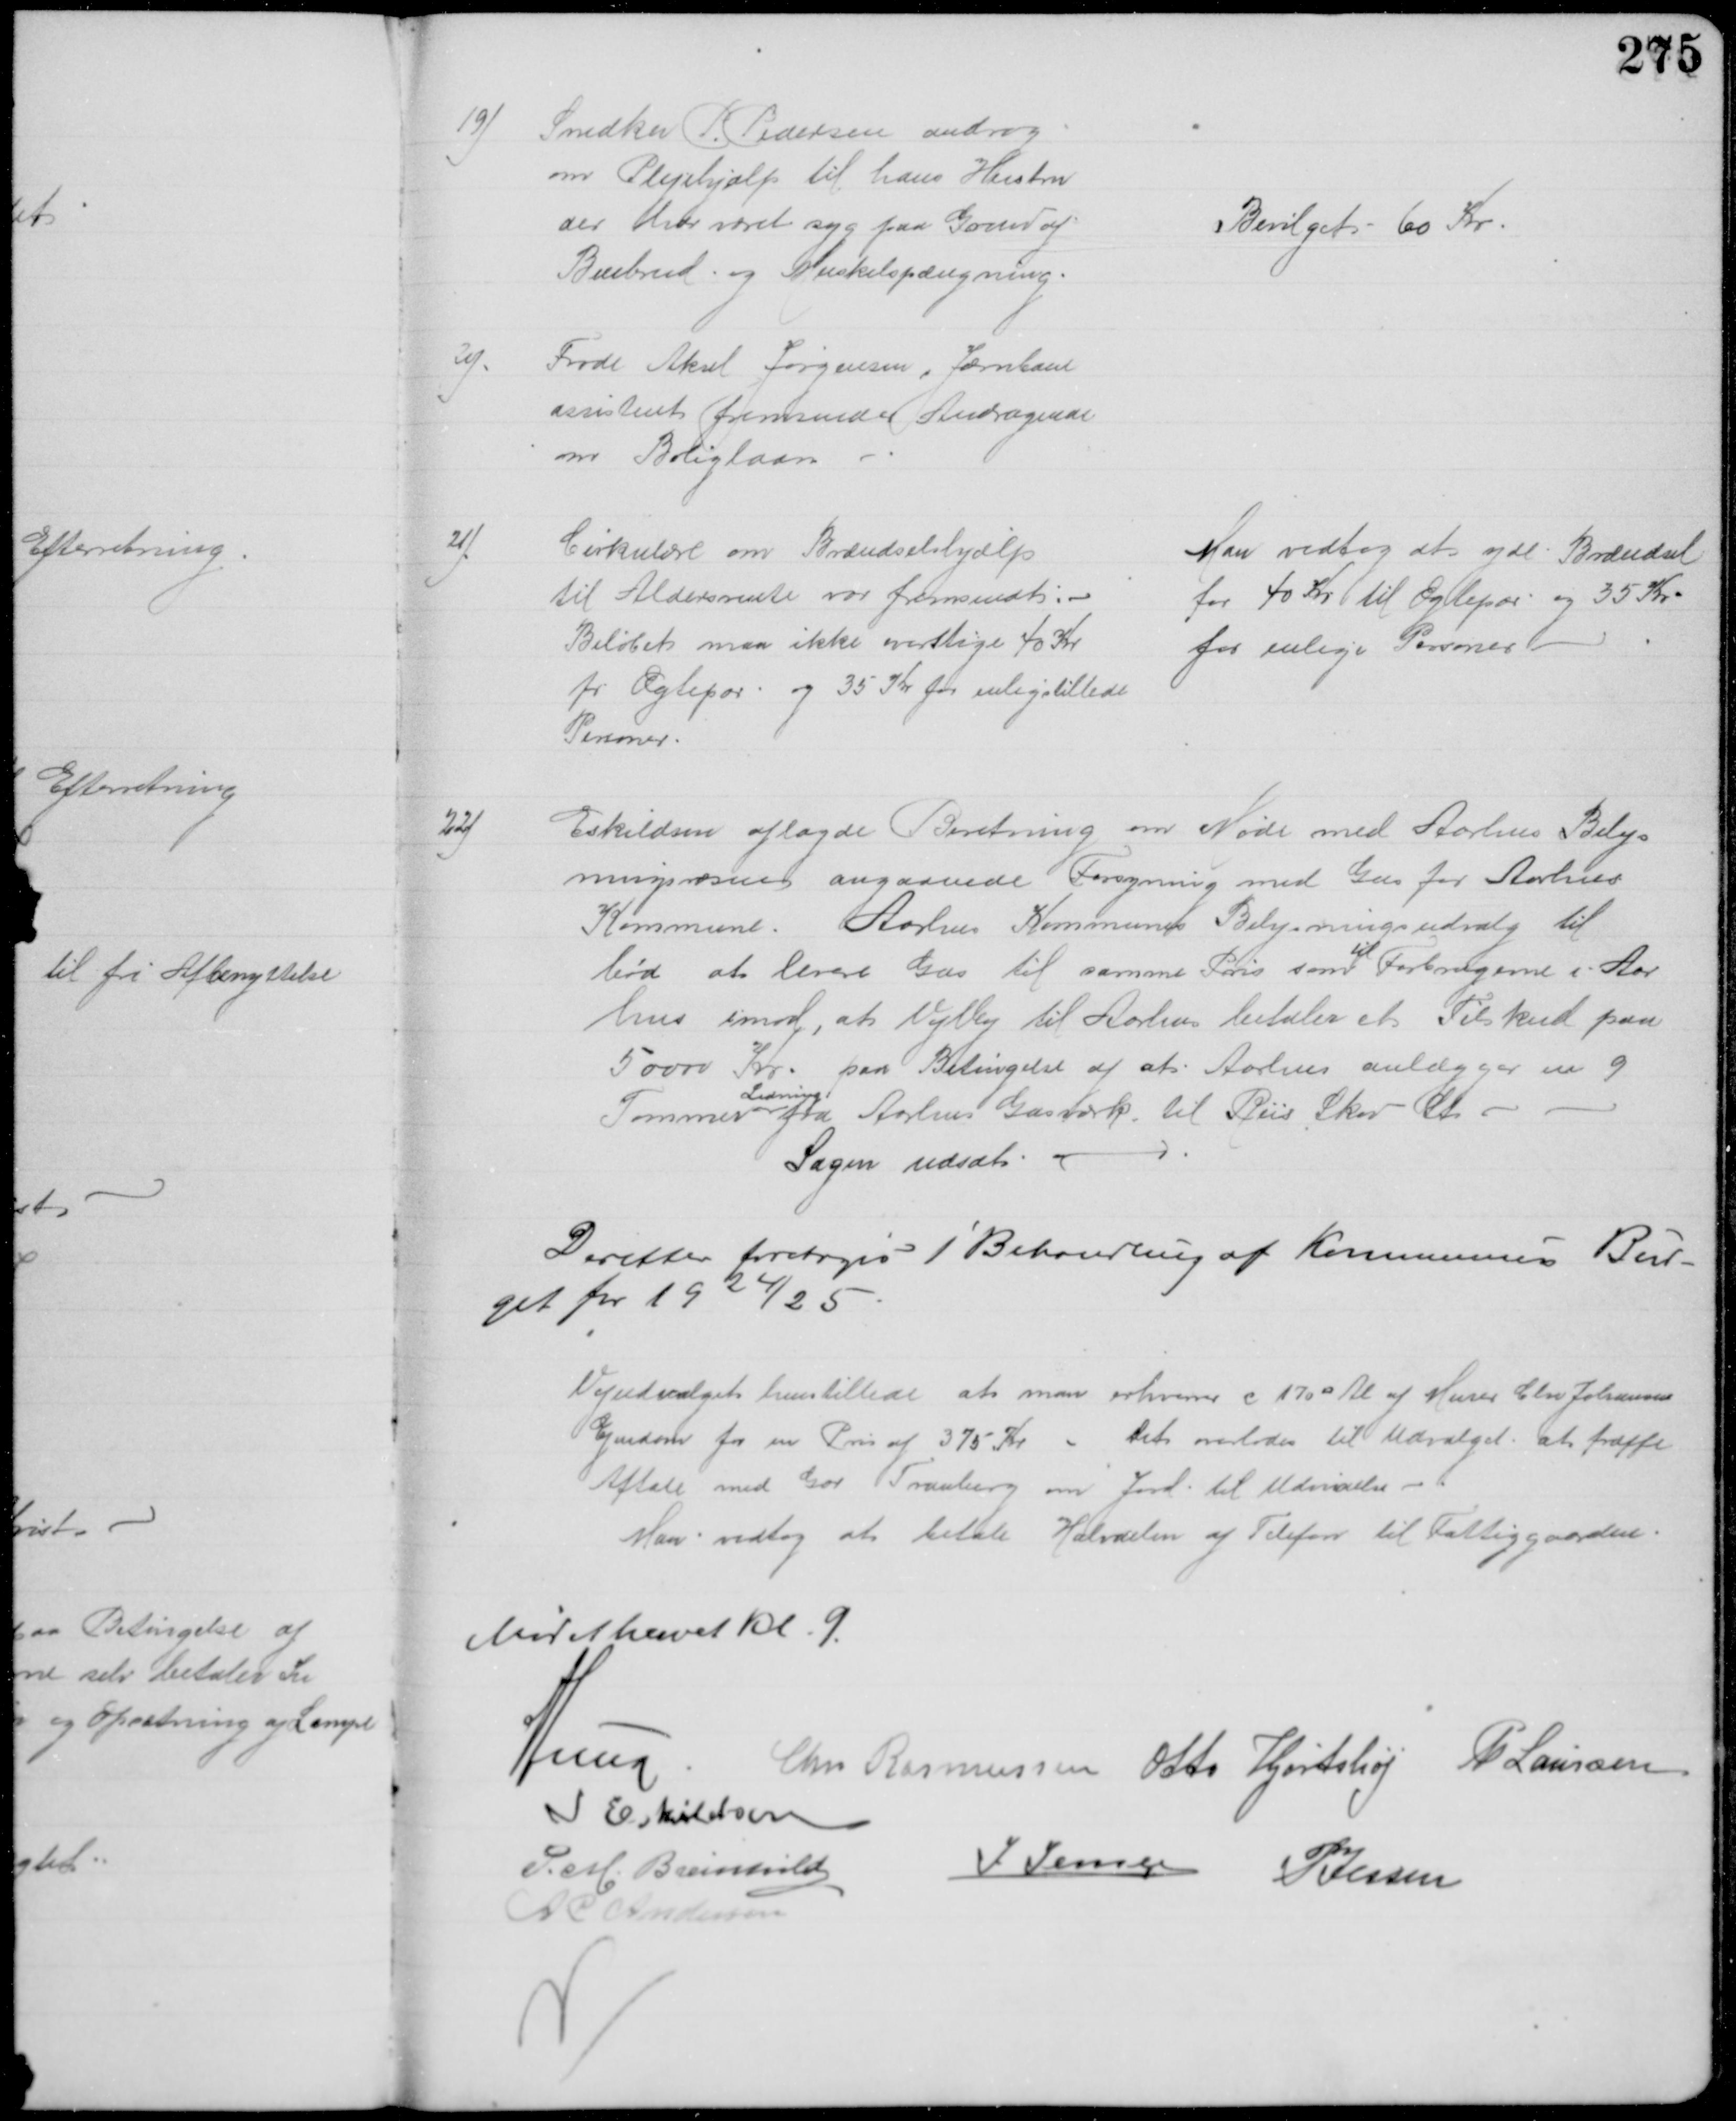
Transskription:
19)
Snedker P Pedersen androg
om Plejehjælp til hans Hustru
der har været syg paa Grund af
Benbrud, og Muskelspængning.
Bevilget 60 Kr
20)
Frode Aksel Jørgensen, Jærnbane
assistent fremsender Andragende
om Boliglaan
21)
Cirkulære om Brændselshjælp
til Aldersrente var fremsendt:
Beløbet maa ikke overstige 40 Kr
pr Ægtepar og 35 Kr for enligstillede
Personer.
Man vedtog at yde Brændsel
for 40 Kr til Ægtepar og 35 Kr
for enlige Personer
22)
Eskildsen aflagde Beretning om Møde med Aarhus Belys
ningsvæsen angaaende Forsyning med Gas for Aarhus
Kommune. Aarhus Kommunes Belysningsudvalg til
bød at levere Gas til samme Pris som 
til
Forbrugerne i Aar
hus imod, at Vejlby til Aarhus betaler et Tilskud paa
50000 Kr. paa Betingelse af at Aarhus anlægger en 9
Tommer 
Ledning
fra Aarhus Gasværk til Riis Skov St.
Sagen udsat
Derefter foretoges 1' Behandling af Kommunens Bud-
get for 1924/25
Vejudvalget henstillede at man erhverver c 170 □ Al af Murer Chr Johansens
Ejendom for en Pris af 375 Kr. Det overlodes til Udvalget at træffe
Aftale med Gdr Tranberg om Jord til Udvidelse
Man vedtog at betale Halvdelen af Telefon til Fattiggaarden.
Mødet hævet Kl. 9.
A Lund
Chr Rasmussen Otto Hjortshøj P Laursen
I Eskildsen
P. M. Breinhild
J Jensen P Jessen
A C Andersen